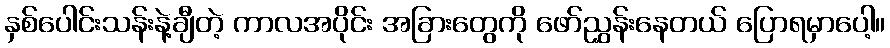
နှစ်ပေါင်းသန်းနဲ့ချီတဲ့ ကာလအပိုင်း အခြားတွေကို ဖော်ညွှန်းနေတယ် ပြောရမှာပေါ့။